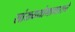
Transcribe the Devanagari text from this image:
सांख्ययोगाधाराने